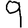
Digit: 9